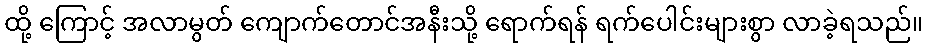
ထို့ ကြောင့် အလာမွတ် ကျောက်တောင်အနီးသို့ ရောက်ရန် ရက်ပေါင်းများစွာ လာခဲ့ရသည်။